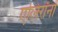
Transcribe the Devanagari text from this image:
एलिरॉनों